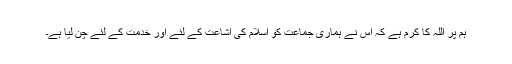
ہم پر اللہ کا کرم ہے کہ اس نے ہماری جماعت کو اسلام کی اشاعت کے لئے اور خدمت کے لئے چن لیا ہے۔